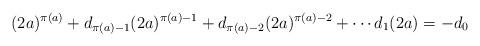
LaTeX: \begin{align*}(2a)^{\pi(a)} + d_{\pi(a) - 1}(2a)^{\pi(a) - 1} + d_{\pi(a) - 2}(2a)^{\pi(a) - 2} + \cdots d_1(2a) = -d_0\end{align*}